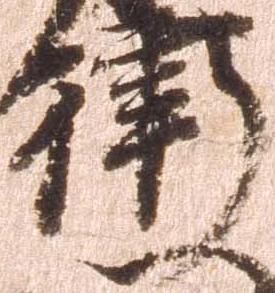
衛